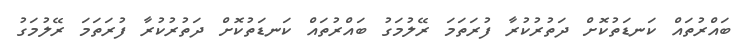
ބައްރުތައް ކަނޑަތުކޮށް ދަތުރުކުރާ ފުރަތަމަ ރޭލުމަގު ބައްރުތައް ކަނޑަތުކޮށް ދަތުރުކުރާ ފުރަތަމަ ރޭލުމަގު